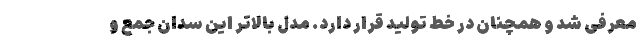
معرفی شد و همچنان در خط تولید قرار دارد. مدل بالاتر این سدان جمع و